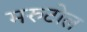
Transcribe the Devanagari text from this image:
मरुटोल